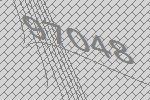
97048